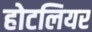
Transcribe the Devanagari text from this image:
होटलियर